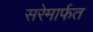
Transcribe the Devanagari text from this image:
सरेमार्फत